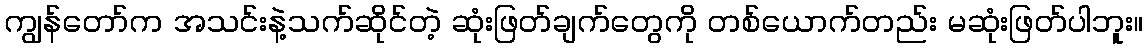
ကျွန်တော်က အသင်းနဲ့သက်ဆိုင်တဲ့ ဆုံးဖြတ်ချက်တွေကို တစ်ယောက်တည်း မဆုံးဖြတ်ပါဘူး။